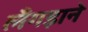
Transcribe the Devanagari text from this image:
लँगड़ाने